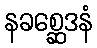
နခစ္ဆေဒနံ